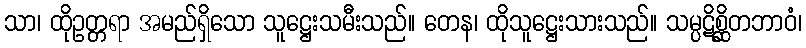
သာ၊ ထိုဥတ္တရာ အမည်ရှိသော သူဋ္ဌေးသမီးသည်။ တေန၊ ထိုသူဋ္ဌေးသားသည်။ သမ္ပဋိစ္ဆိတဘာဝံ၊